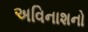
અવિનાશનો